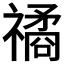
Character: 𥛯